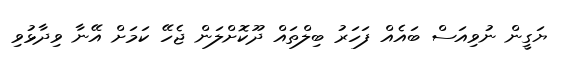
ޔަގީން ނުވިއަސް ބައެއް ފަހަރު ބިލްތައް ދޫކޮށްލަން ޖެހޭ ކަމަށް އޭނާ ވިދާޅުވި